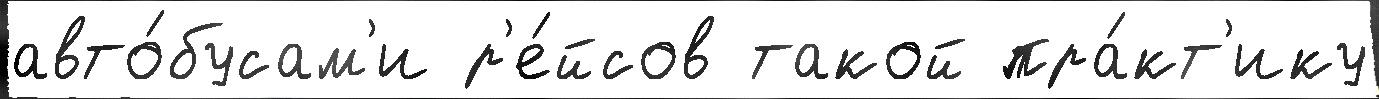
авто́бусам'и р'е́йсов такой пра́кт'ику